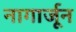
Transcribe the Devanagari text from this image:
नागार्जून